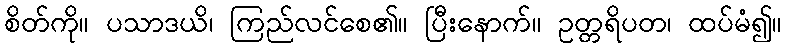
စိတ်ကို။ ပသာဒယိ၊ ကြည်လင်စေ၏။ ပြီးနောက်။ ဥတ္တရိပတ၊ ထပ်မံ၍။